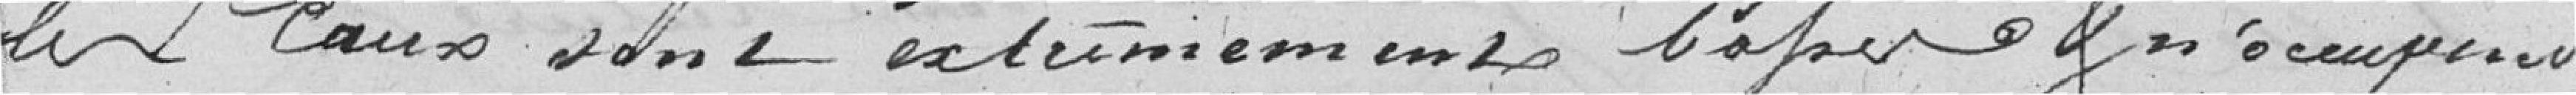
les eaux sont extrêmement  basses et n'occupent